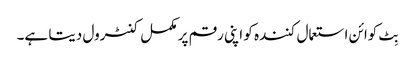
بِٹ کوائن استعمال کنندہ کو اپنی رقم پر مکمل کنٹرول دیتا ہے۔